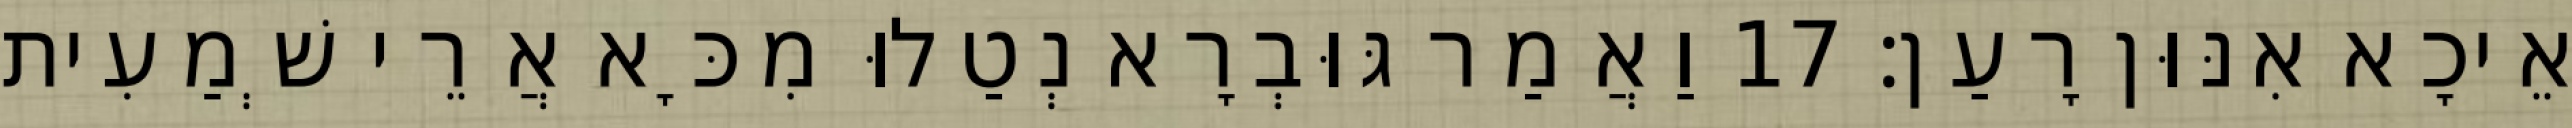
אֵיכָא אִנּוּן רָעַן׃ 17 וַאֲמַר גּוּבְרָא נְטַלוּ מִכָּא אֲרֵי שְׁמַעִית